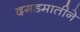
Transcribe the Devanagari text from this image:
दगडमातीने